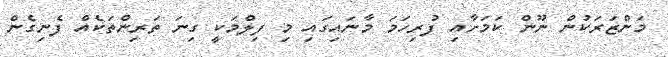
މަންޒަރަކުން ނޫން ކަމަށާއި ފުރިހަމަ މާނައިގައި މި ފިލްމަކީ ގިނަ ތަރިންތަކެއް ފެނިގެން